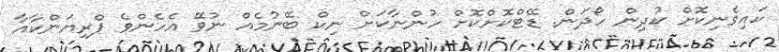
ކައިވެނިކޮށް ކުދިން ހޯދަން. ޑޭޓްކޮށްކޮށް ހުންނާކަށް ނިކް ބޭނުމެއް ނުވޭ އެހެންވެ ޕްރިޔަންކާއާ